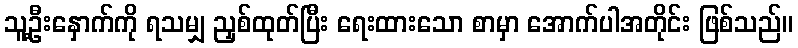
သူ့ဦးနှောက်ကို ရသမျှ ညှစ်ထုတ်ပြီး ရေးထားသော စာမှာ အောက်ပါအတိုင်း ဖြစ်သည်။